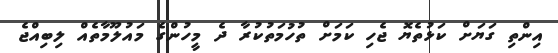
އިންތި ގަޔަށް ކަޅުތެޔޮ ޖެހި ކަމަށް ތުހުމަތުކުރާ ދެ މީހުންގެ މައުލޫމާތެއް ލިބިއްޖެ